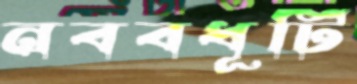
নববধূটি